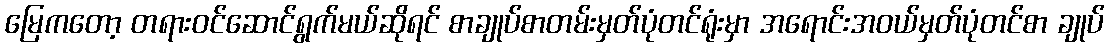
မြေကတော့ တရားဝင်ဆောင်ရွက်မယ်ဆိုရင် စာချုပ်စာတမ်းမှတ်ပုံတင်ရုံးမှာ အရောင်းအဝယ်မှတ်ပုံတင်စာ ချုပ်